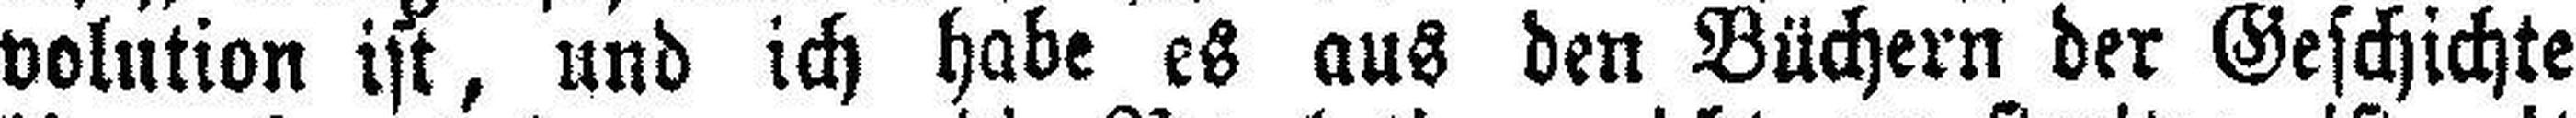
volution ist, und ich habe es aus den Büchern der Geschichte